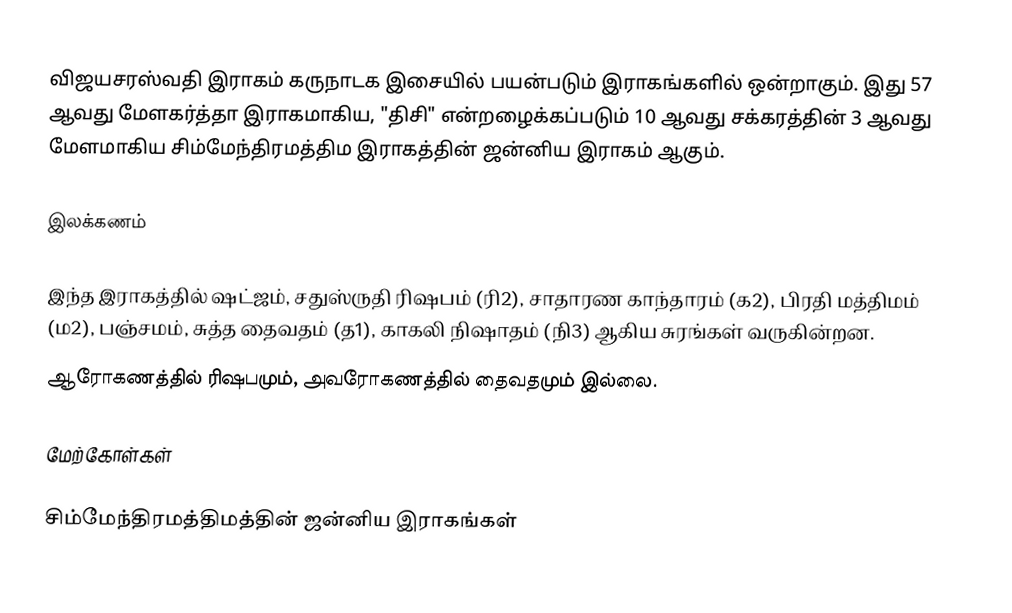
விஜயசரஸ்வதி இராகம் கருநாடக இசையில் பயன்படும் இராகங்களில் ஒன்றாகும். இது 57 ஆவது மேளகர்த்தா இராகமாகிய, "திசி" என்றழைக்கப்படும் 10 ஆவது சக்கரத்தின் 3 ஆவது மேளமாகிய சிம்மேந்திரமத்திம இராகத்தின் ஜன்னிய இராகம் ஆகும்.

இலக்கணம்

இந்த இராகத்தில் ஷட்ஜம், சதுஸ்ருதி ரிஷபம் (ரி2), சாதாரண காந்தாரம் (க2), பிரதி மத்திமம் (ம2), பஞ்சமம், சுத்த தைவதம் (த1), காகலி நிஷாதம்  (நி3) ஆகிய சுரங்கள் வருகின்றன.
ஆரோகணத்தில் ரிஷபமும், அவரோகணத்தில் தைவதமும் இல்லை.

மேற்கோள்கள்

சிம்மேந்திரமத்திமத்தின் ஜன்னிய இராகங்கள்